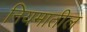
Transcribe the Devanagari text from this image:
नियमातील